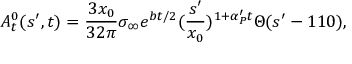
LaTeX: A _ { t } ^ { 0 } ( s ^ { \prime } , t ) = { \frac { 3 x _ { 0 } } { 3 2 \pi } } \sigma _ { \infty } e ^ { b t / 2 } ( { \frac { s ^ { \prime } } { x _ { 0 } } } ) ^ { 1 + \alpha _ { P } ^ { \prime } t } \Theta ( s ^ { \prime } - 1 1 0 ) ,